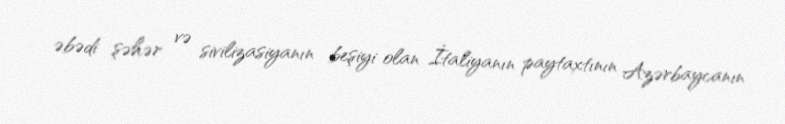
əbədi şəhər və sivilizasiyanın beşiyi olan İtaliyanın paytaxtının Azərbaycanın